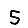
Digit: 5